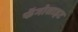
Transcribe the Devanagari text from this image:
फॅगोसाइट